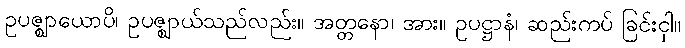
ဥပဇ္ဈာယောပိ၊ ဥပဇ္ဈာယ်သည်လည်း။ အတ္တနော၊ အား။ ဥပဋ္ဌာနံ၊ ဆည်းကပ် ခြင်းငှါ။